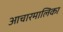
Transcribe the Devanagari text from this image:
आचारमालिका